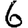
Digit: 6